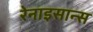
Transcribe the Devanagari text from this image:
रेनाइसान्स